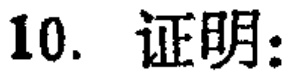
10. 证明: